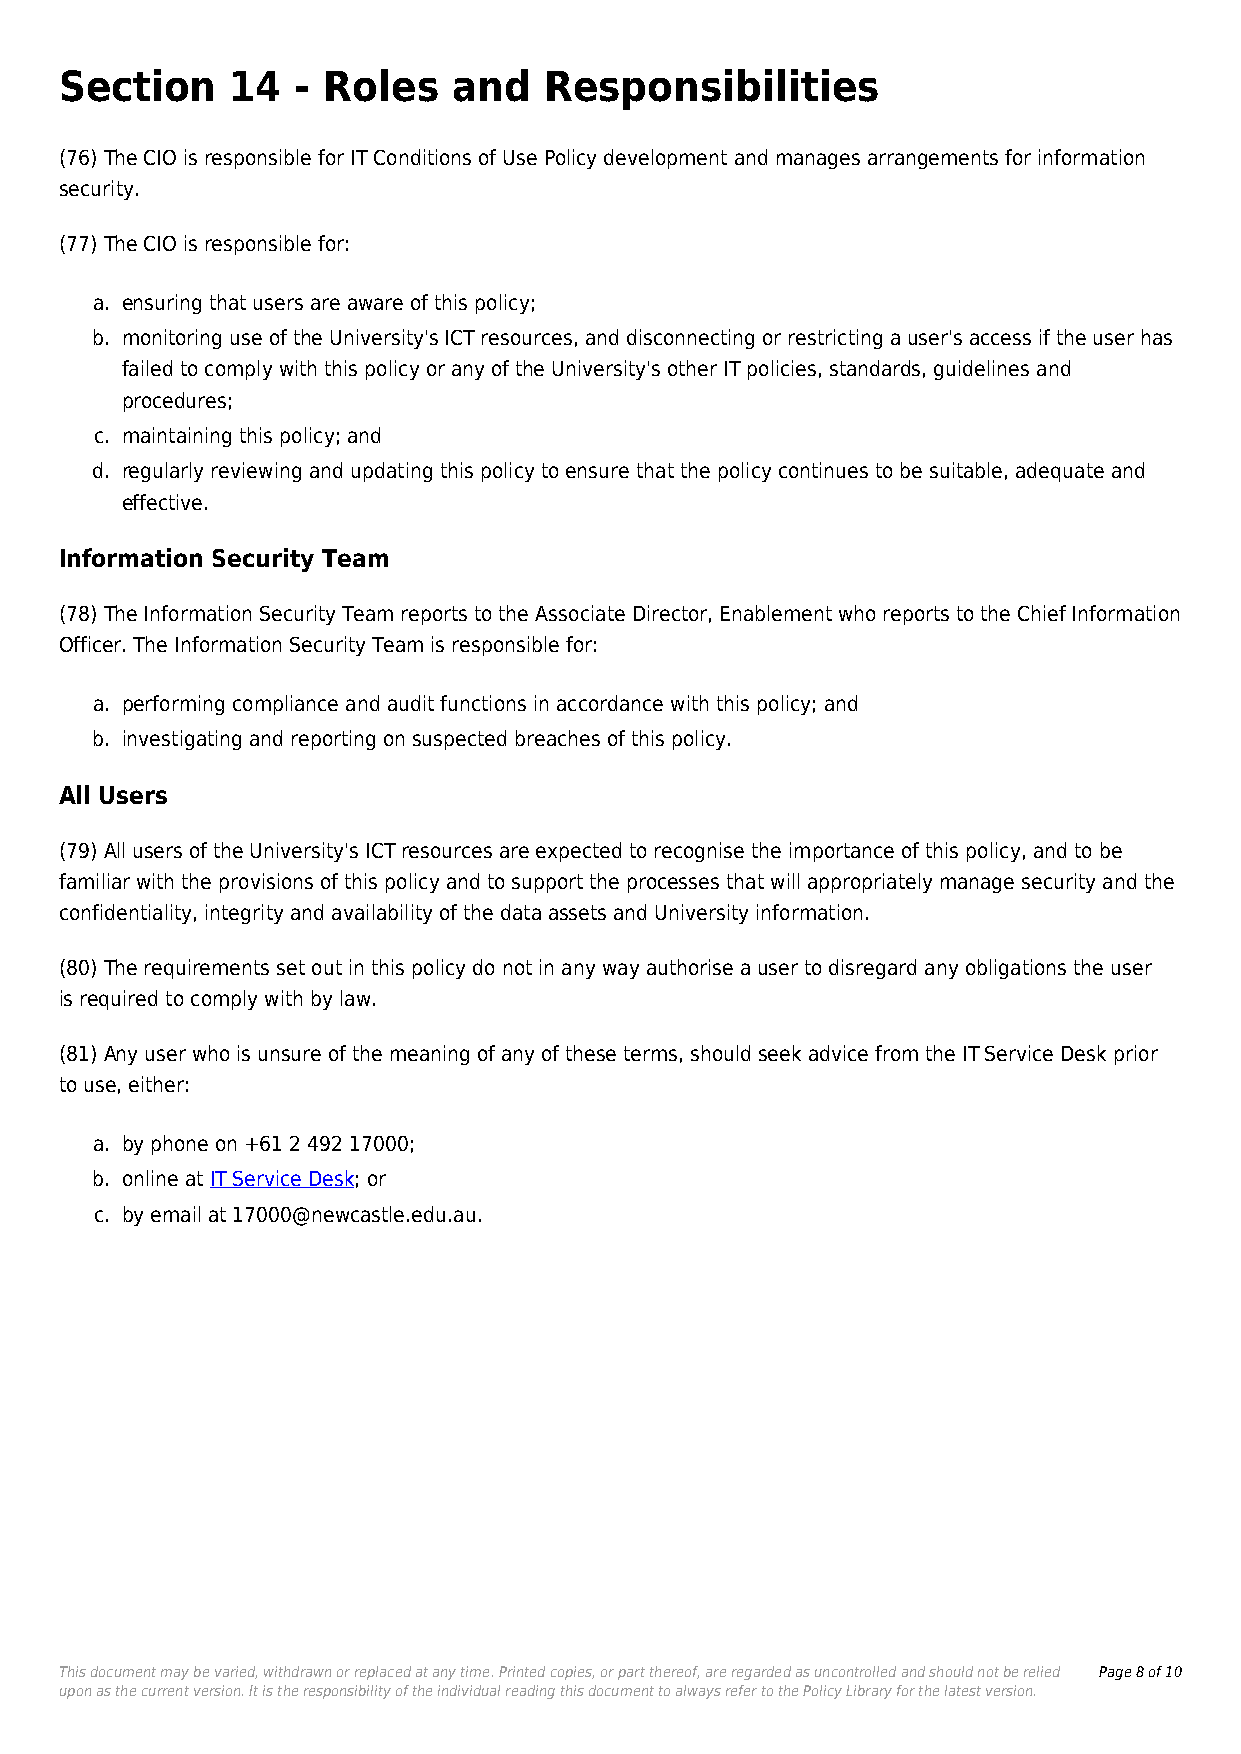
Section    14   - Roles   and   Responsibilities
 (76) The CIO is responsible for IT Conditions of Use Policy development and manages arrangements for information
 security.
 (77) The CIO is responsible for:
 a. ensuring that users are aware of this policy;
 b. monitoring use of the University's ICT resources, and disconnecting or restricting a user's access if the user has
 failed to comply with this policy or any of the University's other IT policies, standards, guidelines and
 procedures;
 c. maintaining this policy; and
 d. regularly reviewing and updating this policy to ensure that the policy continues to be suitable, adequate and
 effective.
 Information Security Team
 (78) The Information Security Team reports to the Associate Director, Enablement who reports to the Chief Information
 Officer. The Information Security Team is responsible for:
 a. performing compliance and audit functions in accordance with this policy; and
 b. investigating and reporting on suspected breaches of this policy.
 All Users
 (79) All users of the University's ICT resources are expected to recognise the importance of this policy, and to be
 familiar with the provisions of this policy and to support the processes that will appropriately manage security and the
 confidentiality, integrity and availability of the data assets and University information.
 (80) The requirements set out in this policy do not in any way authorise a user to disregard any obligations the user
 is required to comply with by law.
 (81) Any user who is unsure of the meaning of any of these terms, should seek advice from the IT Service Desk prior
 to use, either:
 a. by phone on +61 2 492 17000;
 b. online at IT Service Desk; or
 c. by email at 17000@newcastle.edu.au.
 This document may be varied, withdrawn or replaced at any time. Printed copies, or part thereof, are regarded as uncontrolled and should not be relied Page 8 of 10
 upon as the current version. It is the responsibility of the individual reading this document to always refer to the Policy Library for the latest version.